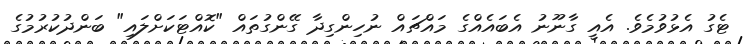
ޓެގު އެޅުވުމެވެ. އެއީ ގާނޫނު އެބައެއްގެ މައްޗައް ނުހިންގިދާ ގޭންގުތައް "ކޮއްޓަކަށްލައި" ބަންދުކުރުމުގެ